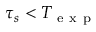
\tau _ { s } < T _ { \mathrm { ~ e ~ x ~ p ~ } }